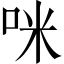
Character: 咪